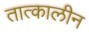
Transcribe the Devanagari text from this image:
तात्‍कालीन